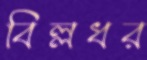
বিল্লধর